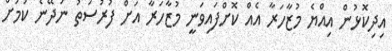
އިދިކޮޅުން އިއްޔެ މުޒާހަރާ އެއް ކޮށްފައިވަނީ މުޒާހަރާ އަށް ފުރުސަތު ނުދޭނެ ކަމަށް